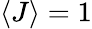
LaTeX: \langle J\rangle=1